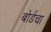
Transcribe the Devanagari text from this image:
बोर्डचा